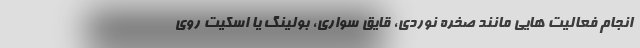
انجام فعالیت هایی مانند صخره نوردی، قایق سواری، بولینگ یا اسکیت روی